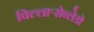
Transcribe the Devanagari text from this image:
विल्लार्‍रोब्लेडो